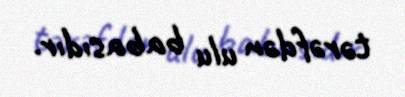
tərəfdən ulu babasıdır.